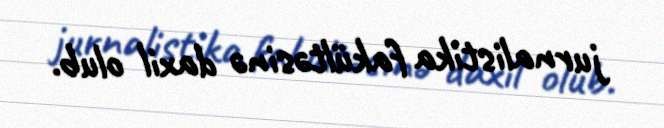
jurnalistika fakültəsinə daxil olub.